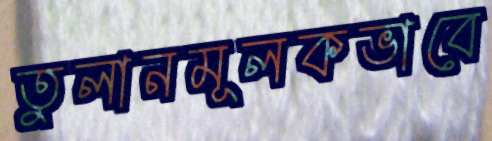
তুলানমূলকভাবে